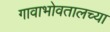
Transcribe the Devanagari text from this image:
गावाभोवतालच्या